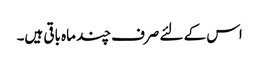
اس کے لئے صرف چند ماہ باقی ہیں۔